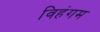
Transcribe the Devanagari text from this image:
विहंगम